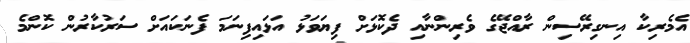
އެމެރިކާ އިނގިރޭސިން ރާއްޖޭގެ ވެރިންނާއި ދެކޮޅަށް ފިޔަވަޅު އަޅައިފިނަމަ ފެނަކައަށް ސަރުކާރުން ކޮންމެ